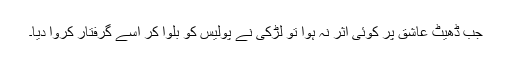
جب ڈھیٹ عاشق پر کوئی اثر نہ ہوا تو لڑکی نے پولیس کو بُلوا کر اُسے گرفتار کروا دیا۔